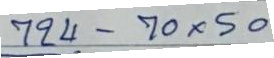
724 - 70 x 50